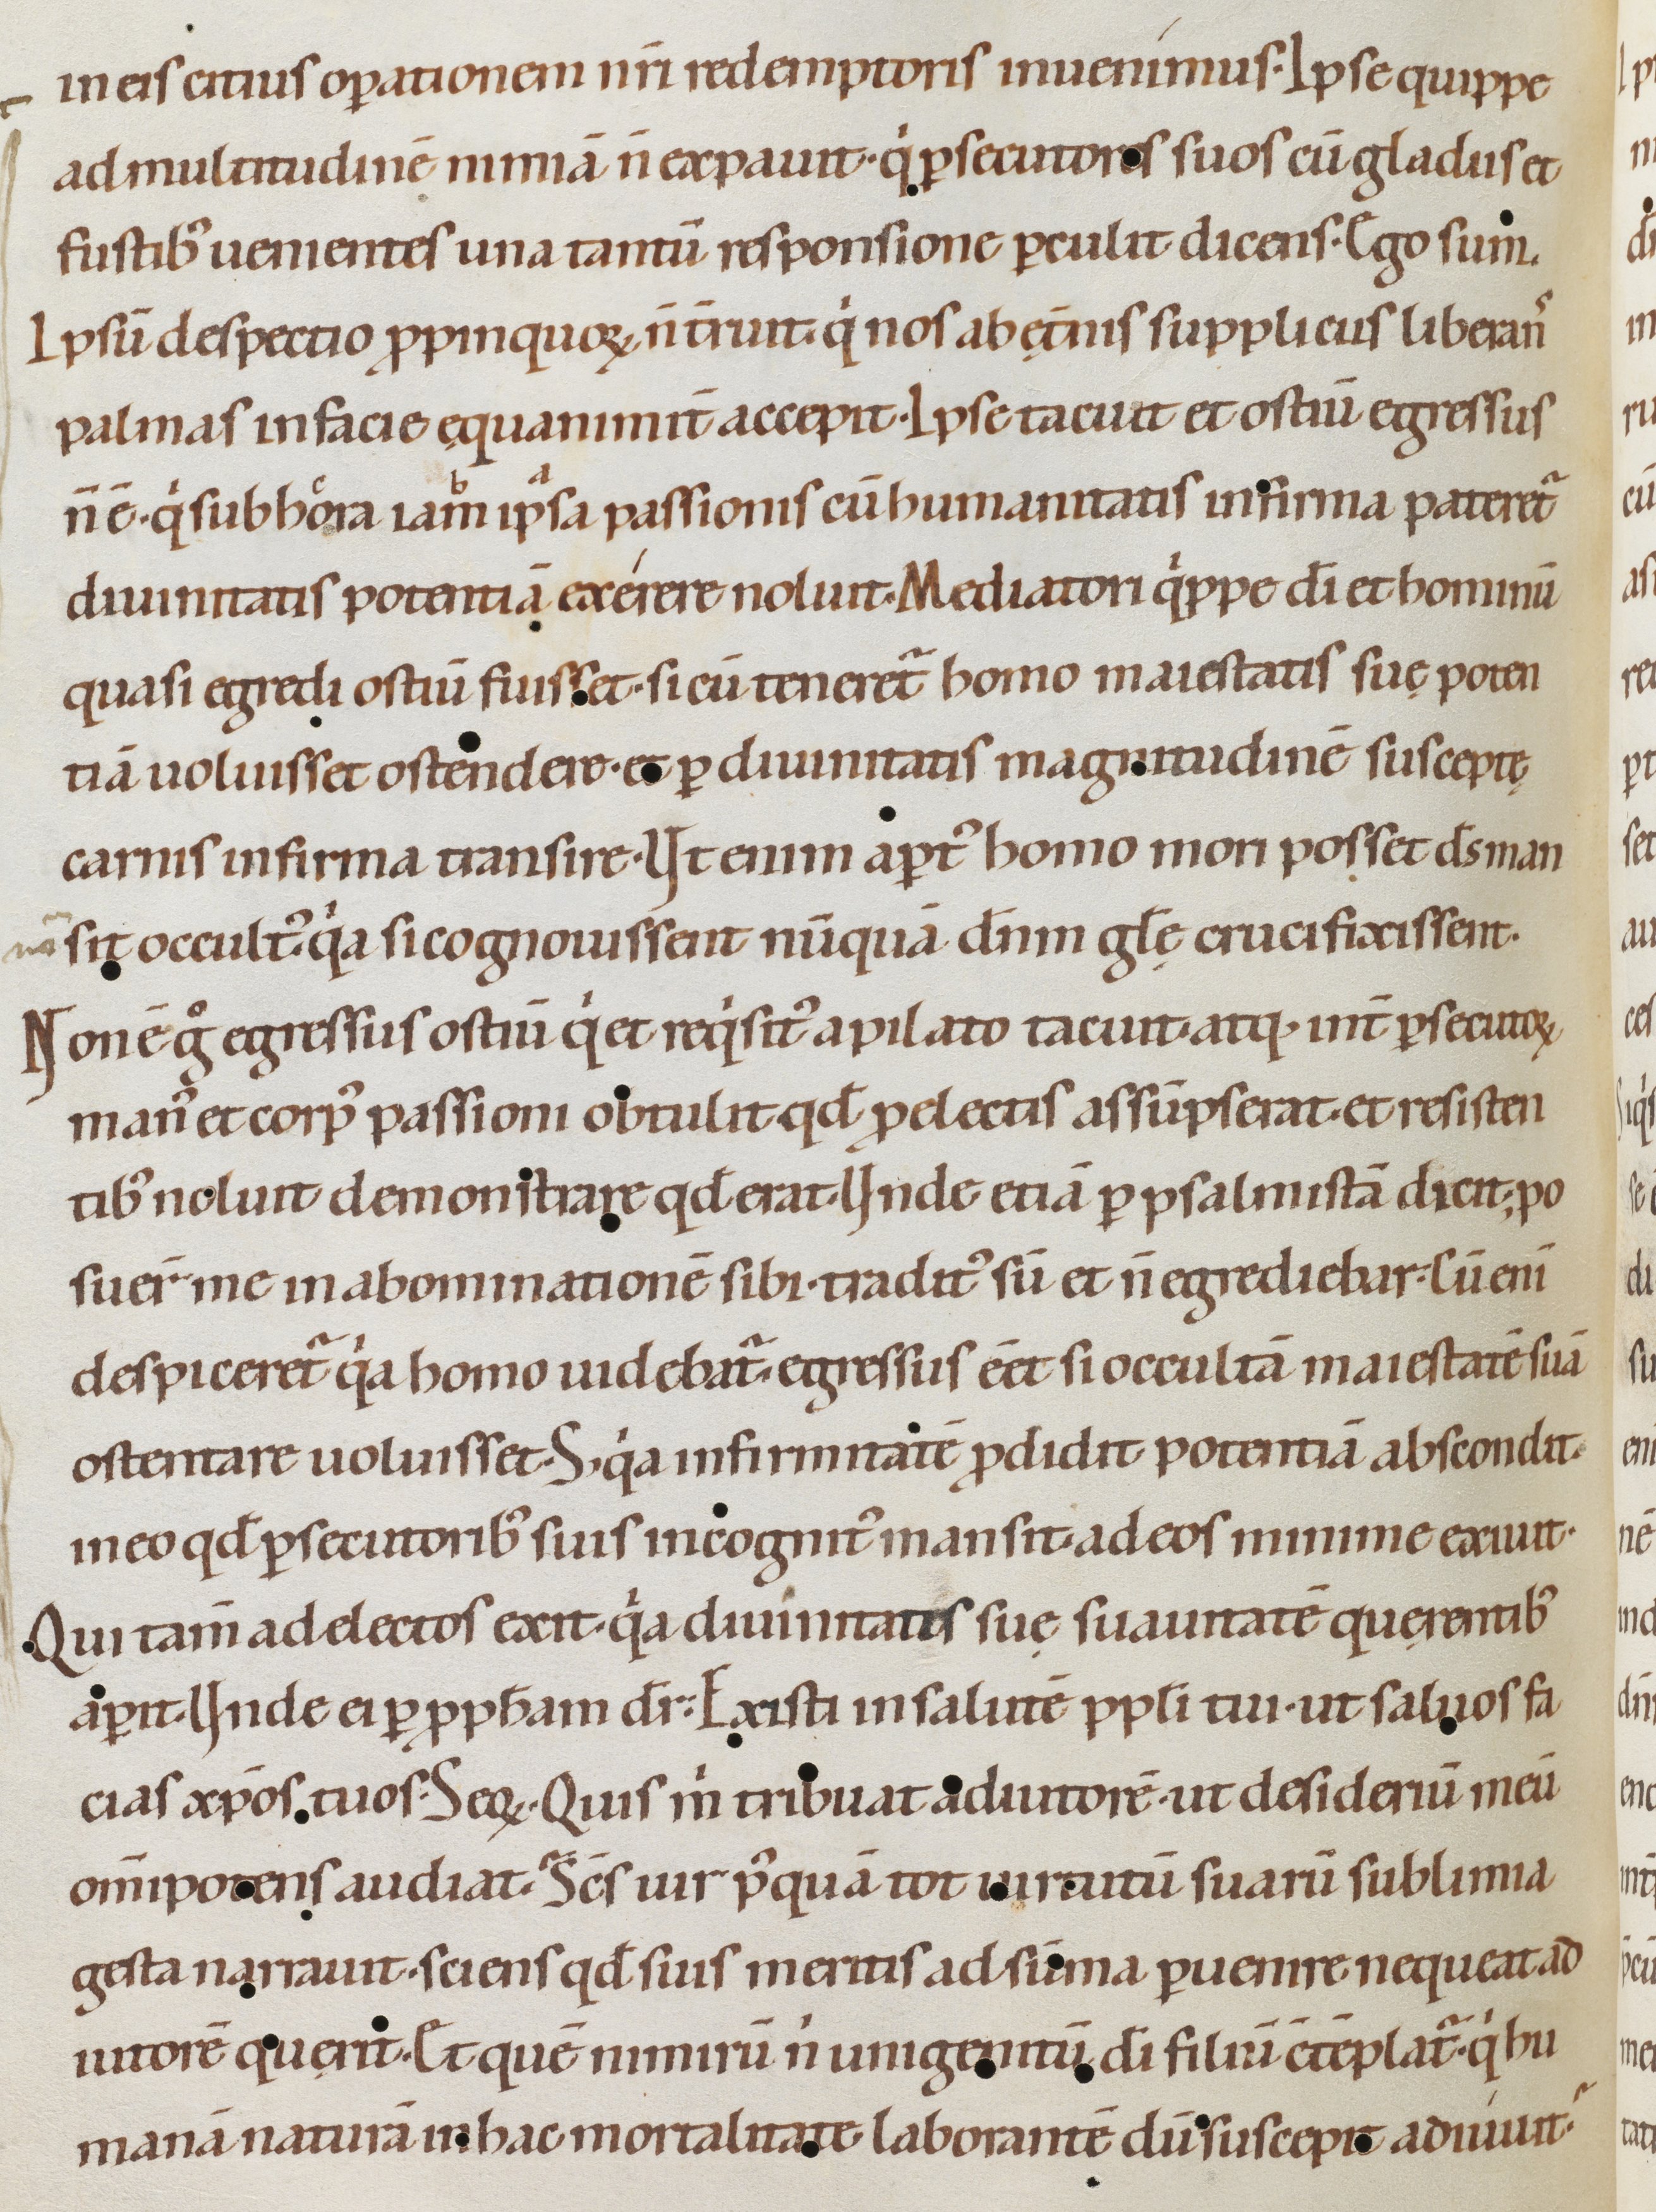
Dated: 1080–1096